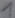
Text: 1